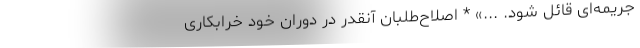
جریمه‌ای قائل شود. ...» * اصلاح‌طلبان آنقدر در دوران خود خرابکاری